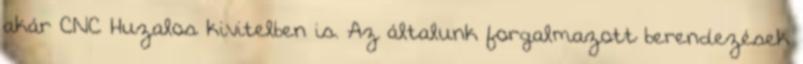
akár CNC Huzalos kivitelben is. Az általunk forgalmazott berendezések